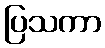
ပြသကာ